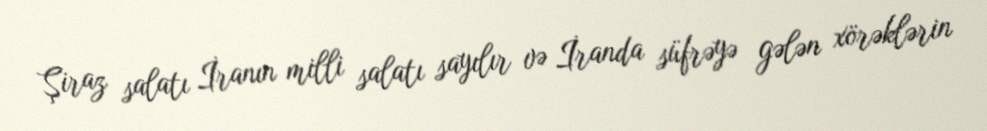
Şiraz salatı İranın milli salatı sayılır və İranda süfrəyə gələn xörəklərin